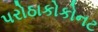
પરોઠાકોકોનટ